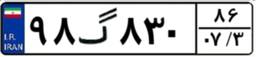
۹۸گ۸۳۰۸۶